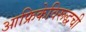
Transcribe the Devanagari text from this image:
आफ्रिकेविरूद्धची